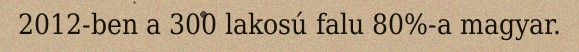
2012-ben a 300 lakosú falu 80%-a magyar.